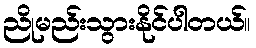
ညိုမည်းသွားနိုင်ပါတယ်။